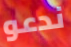
ندعو